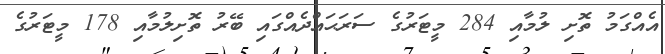
އެއްގަމު ތޮށި ލުމާއި 284 މީޓަރުގެ ސަރަޙައްދެއްގައި ބޭރު ތޮށިލުމާއި 178 މީޓަރުގެ